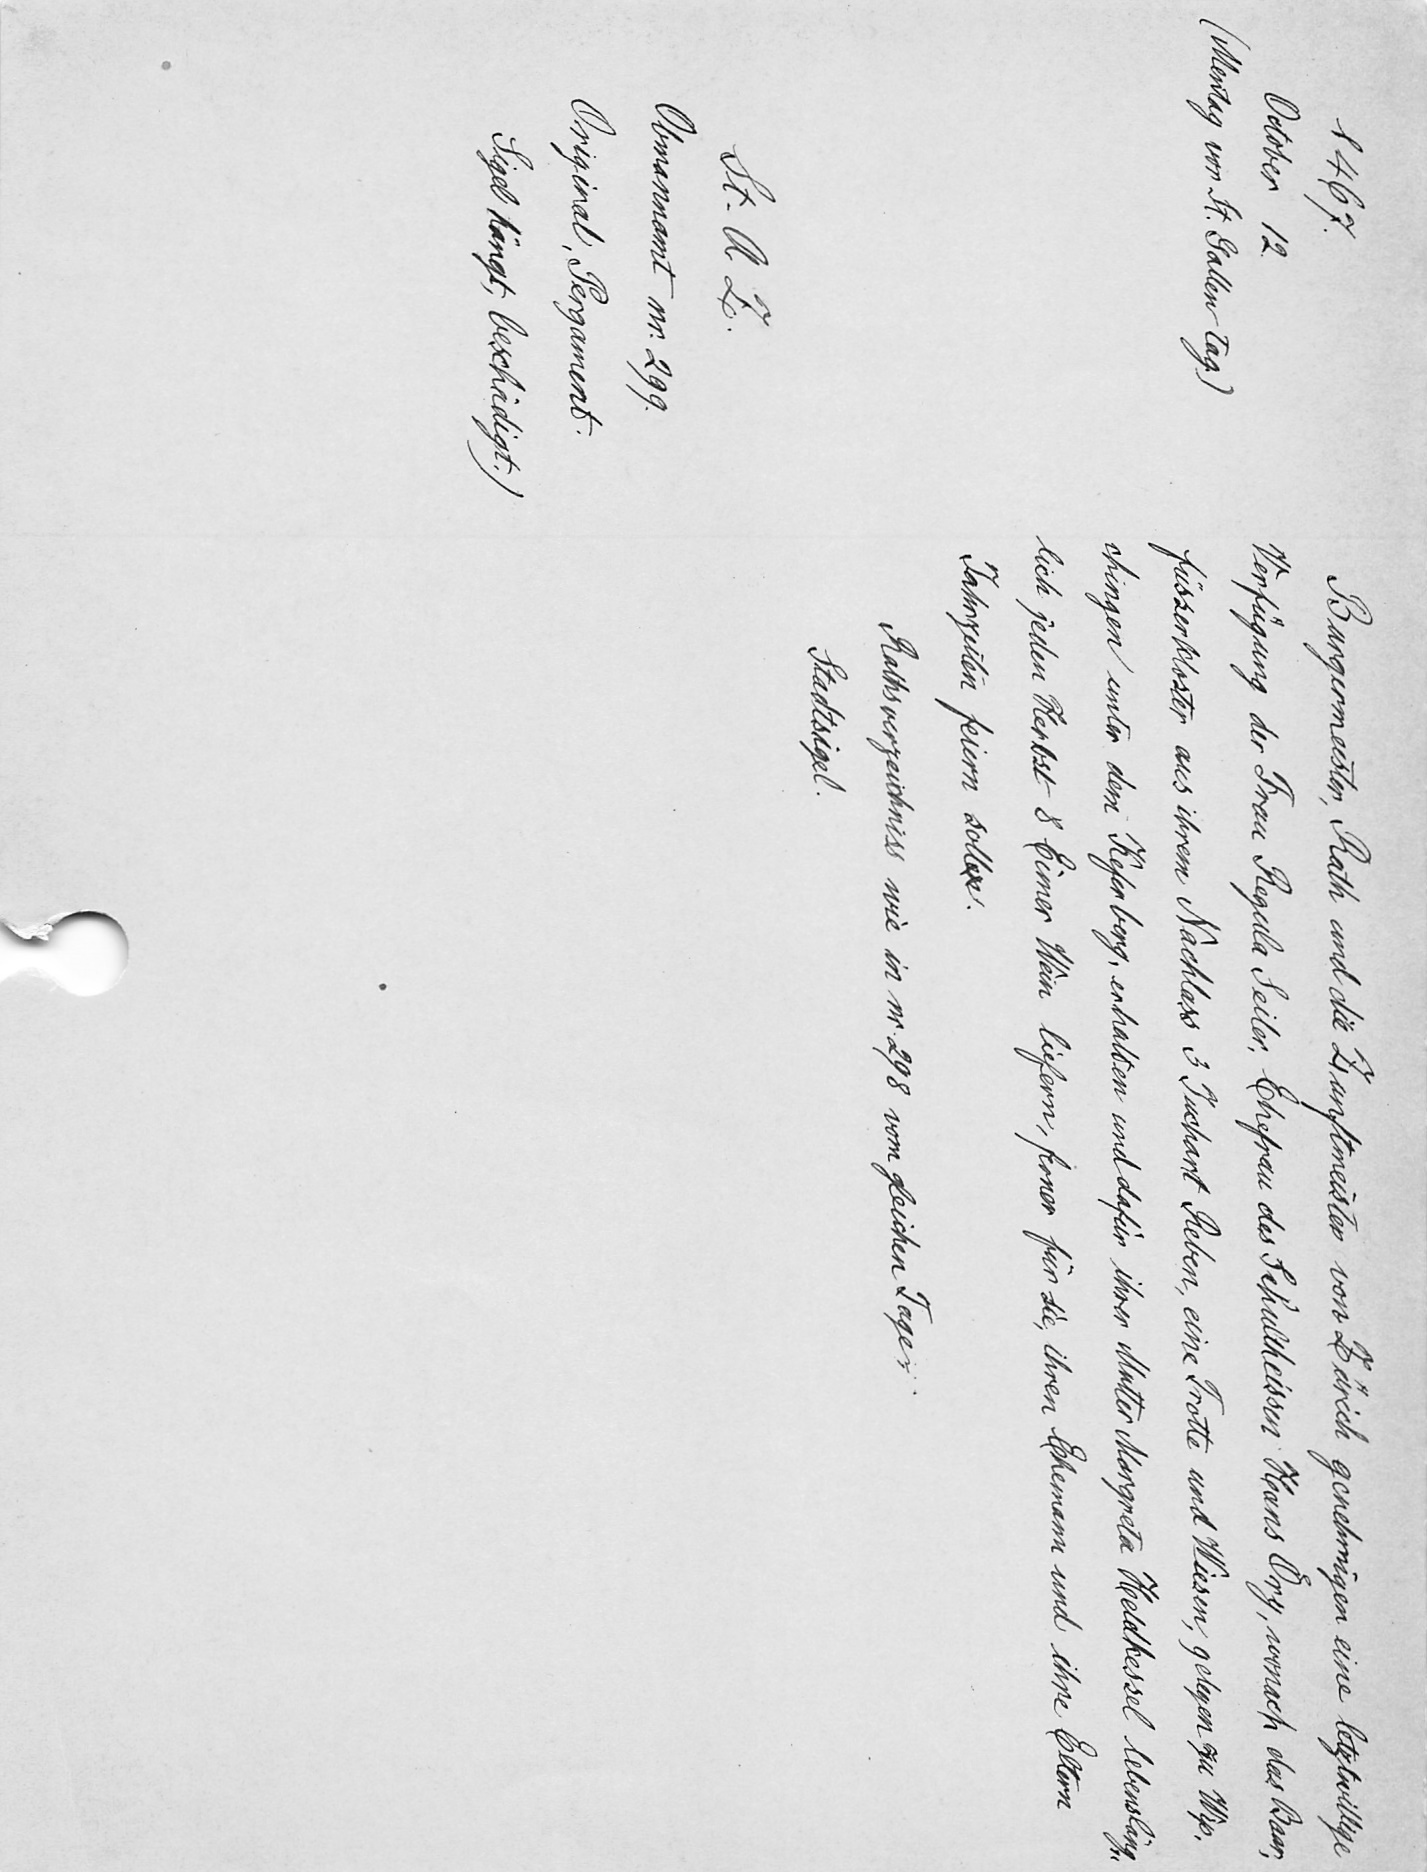
Bürgermeister, Rath und die Zunftmeister von Zürich genehmigen eine letztwillige
Verfügung der Frau Regula Seiler, Ehefrau des Schulheissen Hans Oͤry, wonach das Bar¬
füsserkloster aus ihrem Nachlass 3 Juchart Reben, eine Trotte und Wiesen, gelegen zu Wip¬
chingen unter dem Keferberg, erhalten und dafür ihrer Mutter Margreta Heldkessel lebensläng¬
lich jeden Herbst 8 Eimer Wein liefern, ferner für sie, ihren Ehemann und ihre Eltern
Jahrzeiten feiern sollen.
Rathverzeichnet wie in nr. 298 vom gleichen Tages
Stadtsigel.

1467
Oktober 12
(Mentag von St. Gallen tag)
St.AZ.
Obmannamt nr. 299.
Original, Pergament
Siegel hängt, beschädigt.)